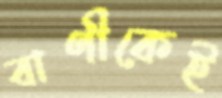
বাণীকেই